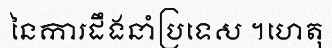
នៃការដឹងនាំប្រទេស ។ហេតុ